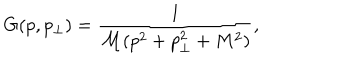
LaTeX: G ( p , p _ { \perp } ) = \frac { 1 } { \mathcal { M } ( p ^ { 2 } + p _ { \perp } ^ { 2 } + M ^ { 2 } ) } ,